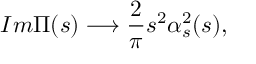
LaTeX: I m \Pi ( s ) \longrightarrow \frac { 2 } { \pi } s ^ { 2 } \alpha _ { s } ^ { 2 } ( s ) ,